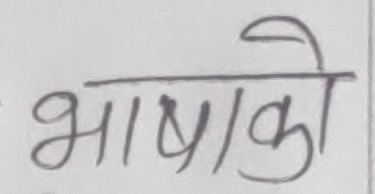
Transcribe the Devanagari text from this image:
भाषाको